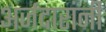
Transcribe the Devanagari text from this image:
अर्जदारांनी